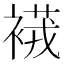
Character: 𧜆